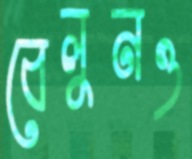
বেলুনও